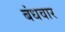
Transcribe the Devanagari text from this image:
बंधवार